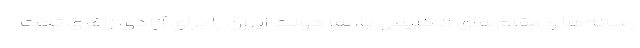
رسانه‌ها و مقام‌های انگلیس بارها دولت ایران را برای آزادی زاغری تحت